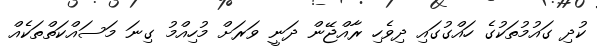
ކުދި ގައުމުތަކުގެ ހައްގުގައި ދިވެހި ރާއްޖޭން ދަނީ ވަރަށް މުހިއްމު ގިނަ މަސައްކަތްތަކެއް